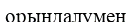
орындалумен